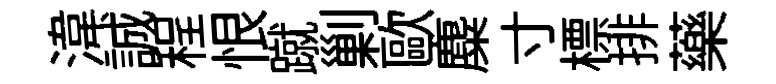
湋誠程恨蹴剿歐麋寸標排藥